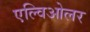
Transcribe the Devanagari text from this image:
एल्विओलर